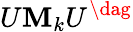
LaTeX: U\mathbf{M}_{k}U^{\dag}